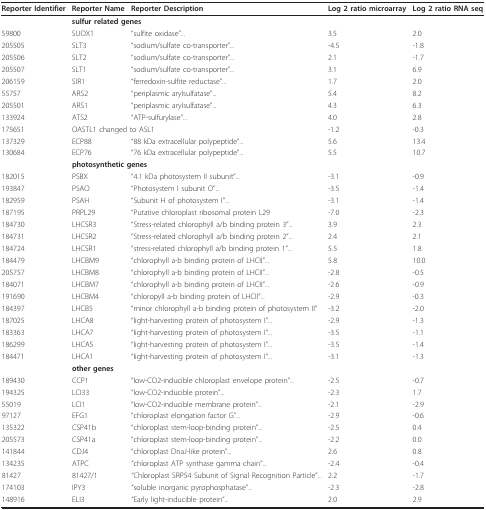
<table><thead><tr><td><b>Reporter Identifier</b></td><td><b>Reporter Name</b></td><td><b>Reporter Description</b></td><td><b>Log 2 ratio microarray</b></td><td><b>Log 2 ratio RNA seq</b></td></tr></thead><tbody><tr><td></td><td colspan="2"><b>sulfur related genes</b></td><td></td><td></td></tr><tr><td>59800</td><td>SUOX1</td><td>&quot;sulfite oxidase&quot;...</td><td>3.5</td><td>2.0</td></tr><tr><td>205505</td><td>SLT3</td><td>&quot;sodium/sulfate co-transporter&quot;...</td><td>-4.5</td><td>-1.8</td></tr><tr><td>205506</td><td>SLT2</td><td>&quot;sodium/sulfate co-transporter&quot;...</td><td>2.1</td><td>-1.7</td></tr><tr><td>205507</td><td>SLT1</td><td>&quot;sodium/sulfate co-transporter&quot;...</td><td>3.1</td><td>6.9</td></tr><tr><td>206159</td><td>SIR1</td><td>&quot;ferredoxin-sulfite reductase&quot;...</td><td>1.7</td><td>2.0</td></tr><tr><td>55757</td><td>ARS2</td><td>&quot;periplasmic arylsulfatase&quot;...</td><td>5.4</td><td>8.2</td></tr><tr><td>205501</td><td>ARS1</td><td>&quot;periplasmic arylsulfatase&quot;...</td><td>4.3</td><td>6.3</td></tr><tr><td>133924</td><td>ATS2</td><td>&quot;ATP-sulfurylase&quot;...</td><td>4.0</td><td>2.8</td></tr><tr><td>175651</td><td colspan="2">OASTL1 changed to ASL1</td><td>-1.2</td><td>-0.3</td></tr><tr><td>137329</td><td>ECP88</td><td>&quot;88 kDa extracellular polypeptide&quot;...</td><td>5.6</td><td>13.4</td></tr><tr><td>130684</td><td>ECP76</td><td>&quot;76 kDa extracellular polypeptide&quot;...</td><td>5.5</td><td>10.7</td></tr><tr><td></td><td colspan="2"><b>photosynthetic genes</b></td><td></td><td></td></tr><tr><td>182015</td><td>PSBX</td><td>&quot;4.1 kDa photosystem II subunit&quot;...</td><td>-3.1</td><td>-0.9</td></tr><tr><td>193847</td><td>PSAO</td><td>&quot;Photosystem I subunit O&quot;...</td><td>-3.5</td><td>-1.4</td></tr><tr><td>182959</td><td>PSAH</td><td>&quot;Subunit H of photosystem I&quot;...</td><td>-3.1</td><td>-1.4</td></tr><tr><td>187195</td><td>PRPL29</td><td>&quot;Putative chloroplast ribosomal protein L29</td><td>-7.0</td><td>-2.3</td></tr><tr><td>184730</td><td>LHCSR3</td><td>&quot;Stress-related chlorophyll a/b binding protein 3&quot;...</td><td>3.9</td><td>2.3</td></tr><tr><td>184731</td><td>LHCSR2</td><td>&quot;Stress-related chlorophyll a/b binding protein 2&quot;...</td><td>2.4</td><td>2.1</td></tr><tr><td>184724</td><td>LHCSR1</td><td>&quot;stress-related chlorophyll a/b binding protein 1&quot;...</td><td>5.5</td><td>1.8</td></tr><tr><td>184479</td><td>LHCBM9</td><td>&quot;chlorophyll a-b binding protein of LHCII&quot;...</td><td>5.8</td><td>10.0</td></tr><tr><td>205757</td><td>LHCBM8</td><td>&quot;chlorophyll a-b binding protein of LHCII&quot;...</td><td>-2.8</td><td>-0.5</td></tr><tr><td>184071</td><td>LHCBM7</td><td>&quot;chlorophyll a-b binding protein of LHCII&quot;...</td><td>-2.6</td><td>-0.9</td></tr><tr><td>191690</td><td>LHCBM4</td><td>&quot;chloropyll a-b binding protein of LHCII&quot;...</td><td>-2.9</td><td>-0.3</td></tr><tr><td>184397</td><td>LHCB5</td><td>&quot;minor chlorophyll a-b binding protein of photosystem II&quot;</td><td>-3.2</td><td>-2.0</td></tr><tr><td>187025</td><td>LHCA8</td><td>&quot;light-harvesting protein of photosystem I&quot;...</td><td>-2.9</td><td>-1.3</td></tr><tr><td>183363</td><td>LHCA7</td><td>&quot;light-harvesting protein of photosystem I&quot;...</td><td>-3.5</td><td>-1.1</td></tr><tr><td>186299</td><td>LHCA5</td><td>&quot;light-harvesting protein of photosystem I&quot;...</td><td>-3.5</td><td>-1.4</td></tr><tr><td>184471</td><td>LHCA1</td><td>&quot;light-harvesting protein of photosystem I&quot;...</td><td>-3.1</td><td>-1.3</td></tr><tr><td></td><td><b>other genes</b></td><td></td><td></td><td></td></tr><tr><td>189430</td><td>CCP1</td><td>&quot;low-CO2-inducible chloroplast envelope protein&quot;...</td><td>-2.5</td><td>-0.7</td></tr><tr><td>194325</td><td>LCI33</td><td>&quot;low-CO2-inducible protein&quot;...</td><td>-2.3</td><td>1.7</td></tr><tr><td>55019</td><td>LCI1</td><td>&quot;low-CO2-inducible membrane protein&quot;...</td><td>-2.1</td><td>-2.9</td></tr><tr><td>97127</td><td>EFG1</td><td>&quot;chloroplast elongation factor G&quot;...</td><td>-2.9</td><td>-0.6</td></tr><tr><td>135322</td><td>CSP41b</td><td>&quot;chloroplast stem-loop-binding protein&quot;...</td><td>-2.5</td><td>0.4</td></tr><tr><td>205573</td><td>CSP41a</td><td>&quot;chloroplast stem-loop-binding protein&quot;...</td><td>-2.2</td><td>0.0</td></tr><tr><td>141844</td><td>CDJ4</td><td>&quot;chloroplast DnaJ-like protein&quot;...</td><td>2.6</td><td>0.8</td></tr><tr><td>134235</td><td>ATPC</td><td>&quot;chloroplast ATP synthase gamma chain&quot;...</td><td>-2.4</td><td>-0.4</td></tr><tr><td>81427</td><td>81427/1</td><td>&quot;Chloroplast SRP54 Subunit of Signal Recognition Particle&quot;...</td><td>2.2</td><td>-1.7</td></tr><tr><td>174103</td><td>IPY3</td><td>&quot;soluble inorganic pyrophosphatase&quot;...</td><td>-2.3</td><td>-2.8</td></tr><tr><td>148916</td><td>ELI3</td><td>&quot;Early light-inducible protein&quot;...</td><td>2.0</td><td>2.9</td></tr></tbody></table>